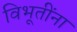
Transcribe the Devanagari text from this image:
विभूतींना